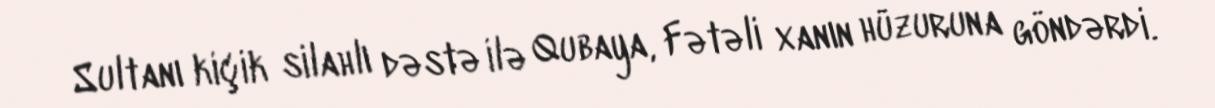
Sultanı kiçik silahlı dəstə ilə Qubaya, Fətəli xanın hüzuruna göndərdi.